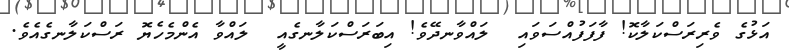
އަޅުގެ ވެރިރަސްކަލާކޮ! ފާފަފުއްސަވައި  ލައްވާނދޭވެ! އިބަރަސްކަލާނގެއީ  ލައްވާ އެންމެހެޔޮ ރަސްކަލާނގެއެވެ.